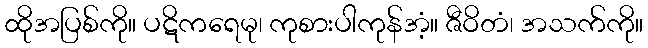
ထိုအပြစ်ကို။ ပဋိကရေမု၊ ကုစားပါကုန်အံ့။ ဇီဝိတံ၊ အသက်ကို။